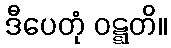
ဒီပေတုံ ဝဋ္ဋတိ။